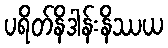
ပရိတ်နိဒါန်းနိဿယ